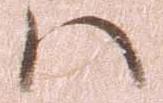
ハ